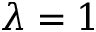
\lambda = 1